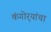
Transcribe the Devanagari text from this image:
कंगोर्‍यांचा